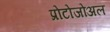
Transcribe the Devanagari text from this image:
प्रोटोजोअल